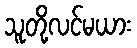
သူတို့လင်မယား